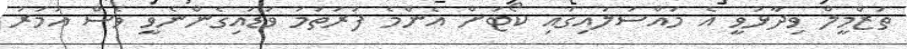
ތަޒްމީލް ވިދާޅުވީ އެ މައްސަލައިގައި ކޯޓަށް އެންމެ ފުރަތަމަ ވަޑައިގެންނެވީ ވެސް އުމަރު